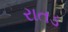
રાતડ